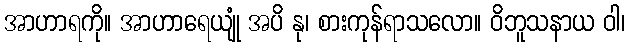
အာဟာရကို။ အာဟာရေယျုံ အပိ နု၊ စားကုန်ရာသလော။ ဝိဘူသနာယ ဝါ၊